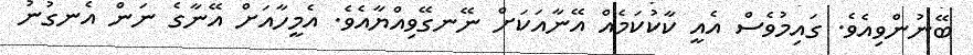
ބޭނުންވިއެވެ. ގައިމުވެސް އެއީ ކާކުކަމެއް އޭނާއަކަށް ނޭނގޭވިއްޔާއެވެ. އެމީހާއަށް އޭނާގެ ނަން އެނގުނު